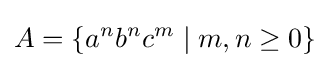
A=\{a^{n}b^{n}c^{m}\mid m,n\geq 0\}